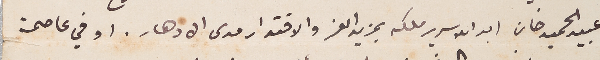
عبيد الحميد خان ايد الله سرير ملكه بمزيد العز والاقتدار مدى الادهار. او في عاصمة